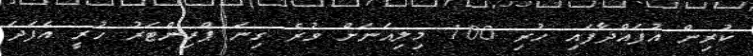
ކުރިން އުފައްދާފައި ހުރި 100 މިލިއަނަށް ވުރެ ގިނަ ޕްރިންޓަރު ހުރީ އެފަދަ